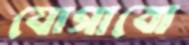
যোগাবো